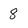
Character: 8